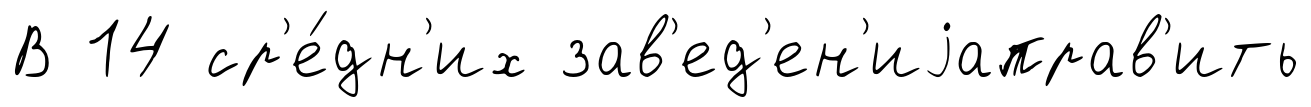
В 14 ср'е́дн'их зав'ед'ен'иjаправ'ить